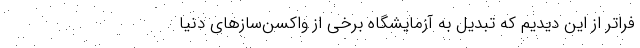
فراتر از این دیدیم که تبدیل به آزمایشگاه برخی از واکسن‌‌سازهای دنیا